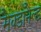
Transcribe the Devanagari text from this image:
मैक्डॉनैल्ड